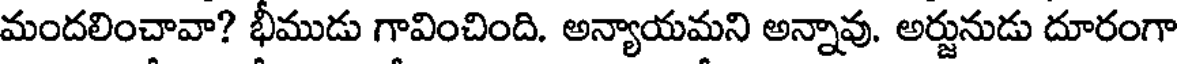
మందలించావా? భీముడు గావించింది. అన్యాయమని అన్నావు. అర్జునుడు దూరంగా